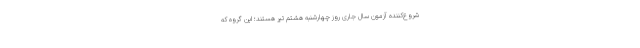
شروع‌کننده آزمون سال جاری روز چهارشنبه هشتم تیر هستند؛ این گروه که